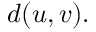
d ( u , v ) .